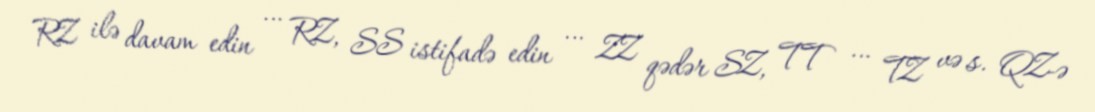
RZ ilə davam edin … RZ, SS istifadə edin … ZZ qədər SZ, TT … TZ və s. QZ-ə